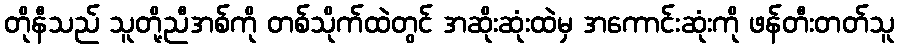
တိုနီသည် သူတို့ညီအစ်ကို တစ်သိုက်ထဲတွင် အဆိုးဆုံးထဲမှ အကောင်းဆုံးကို ဖန်တီးတတ်သူ